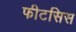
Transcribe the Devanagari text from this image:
फीटसिस